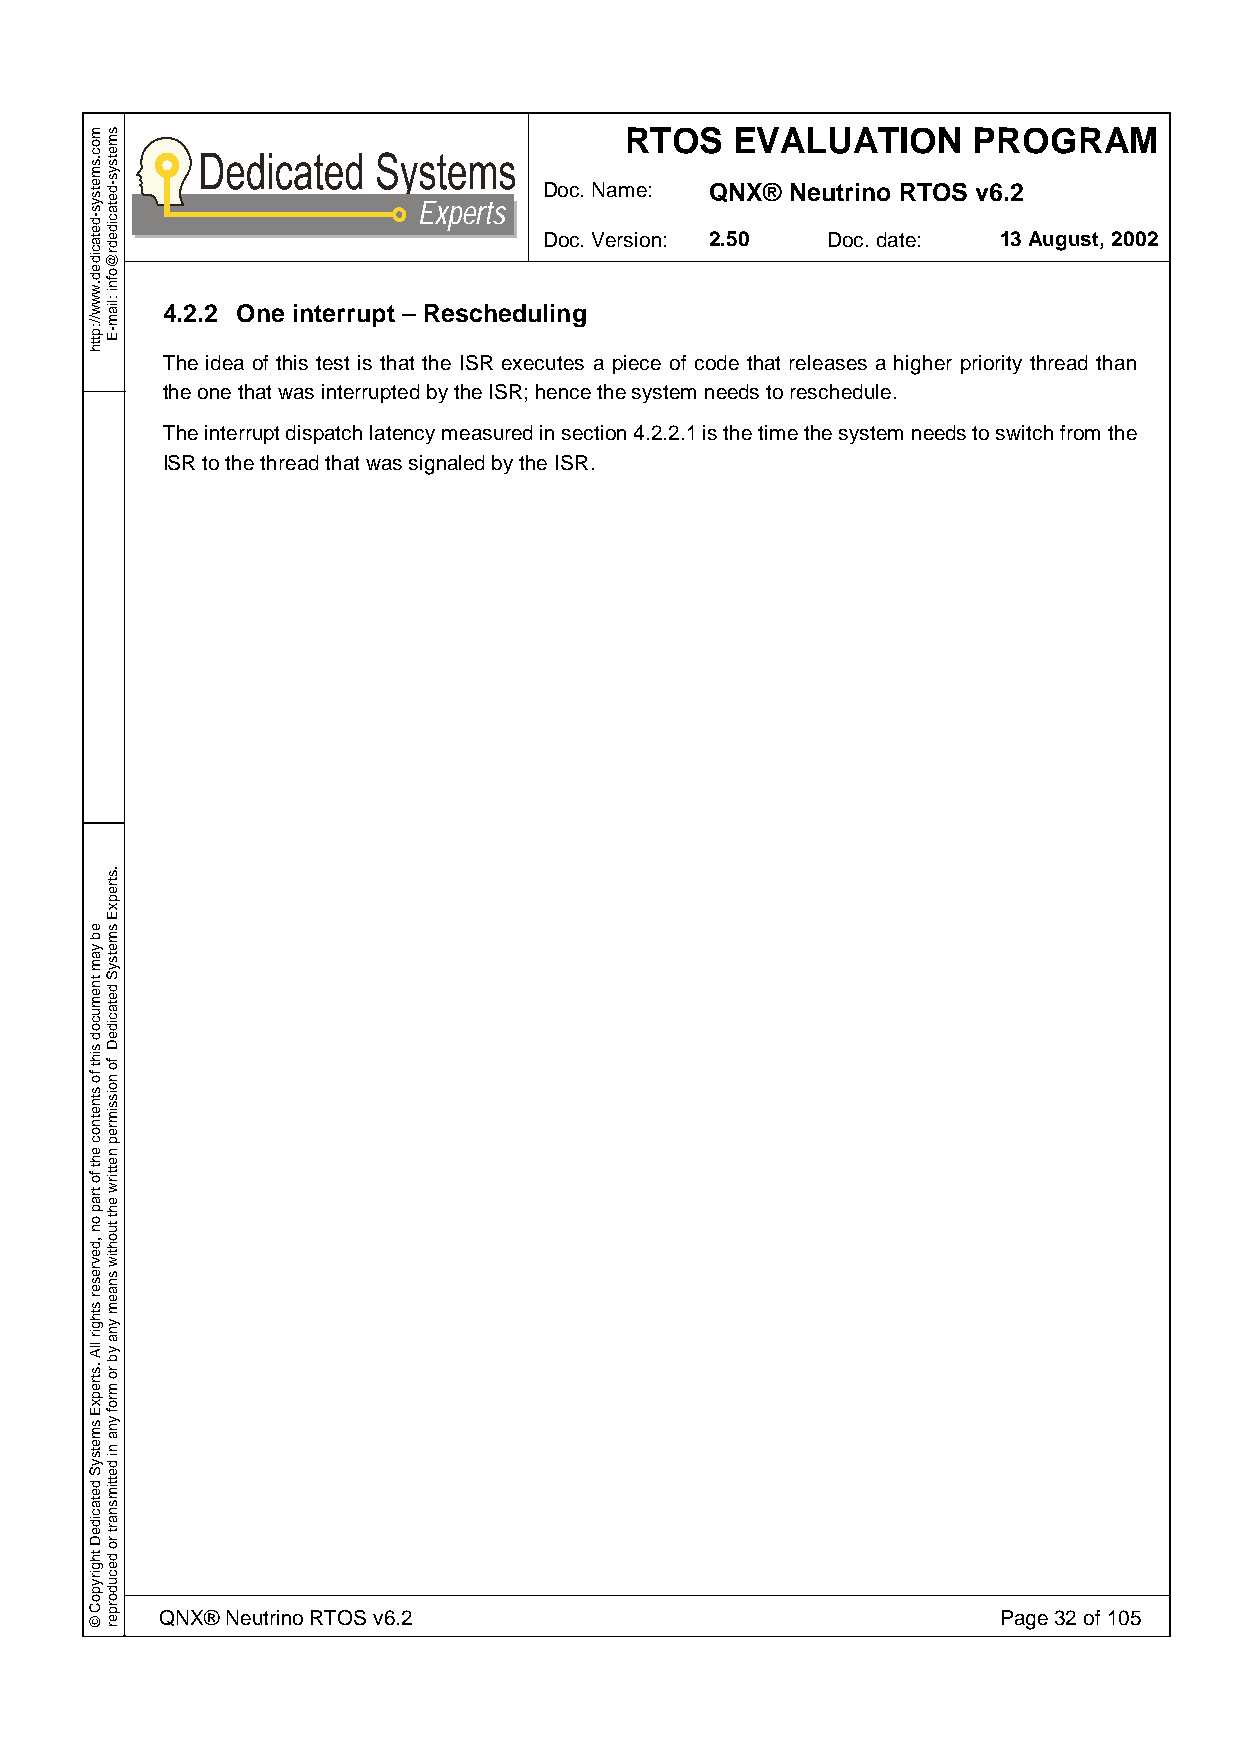
RTOS    EVALUATION     PROGRAM
 Doc. Name: QNX® Neutrino RTOS v6.2
 Experts
 Doc. Version: 2.50 Doc. date: 13 August, 2002
 4.2.2 One interrupt – Rescheduling
 The idea of this test is that the ISR executes a piece of code that releases a higher priority thread than
 the one that was interrupted by the ISR; hence the system needs to reschedule.
 The interrupt dispatch latency measured in section 4.2.2.1 is the time the system needs to switch from the
 ISR to the thread that was signaled by the ISR.
 QNX® Neutrino RTOS v6.2                                Page 32 of 105
 moc.smetsys-detacided.www//:ptth
 eb
 yam
 tnemucod
 siht
 fo
 stnetnoc
 eht
 fo
 trap
 on
 ,devreser
 sthgir
 llA
 .strepxE
 smetsyS
 detacideD
 thgirypoC
 ©
 smetsys-detacidedr@ofni
 :liam-E
 .strepxE
 smetsyS
 detacideD
 fo
 noissimrep
 nettirw
 eht
 tuohtiw
 snaem
 yna
 yb
 ro
 mrof
 yna
 ni
 dettimsnart
 ro
 decudorper